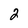
Character: 2